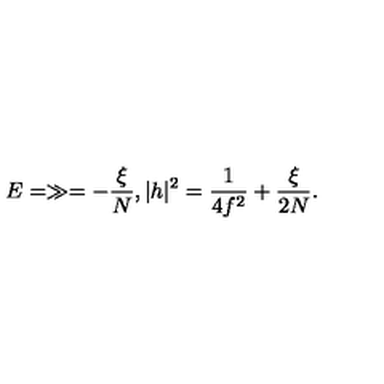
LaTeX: E = \gg = - \frac { \xi } { N } , | h | ^ { 2 } = \frac { 1 } { 4 f ^ { 2 } } + \frac { \xi } { 2 N } .